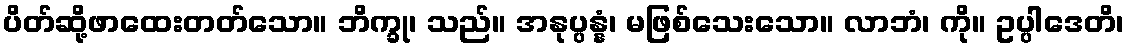
ပိတ်ဆို့ဖာထေးတတ်သော။ ဘိက္ခု၊ သည်။ အနုပ္ပန္နံ၊ မဖြစ်သေးသော။ လာဘံ၊ ကို။ ဥပ္ပါဒေတိ၊